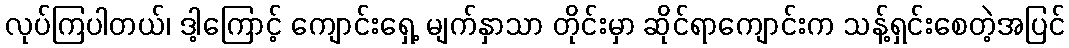
လုပ်ကြပါတယ်၊ ဒါ့ကြောင့် ကျောင်းရှေ့ မျက်နှာသာ တိုင်းမှာ ဆိုင်ရာကျောင်းက သန့်ရှင်းစေတဲ့အပြင်